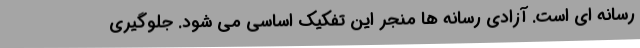
رسانه ای است. آزادی رسانه ها منجر این تفکیک اساسی می شود. جلوگیری